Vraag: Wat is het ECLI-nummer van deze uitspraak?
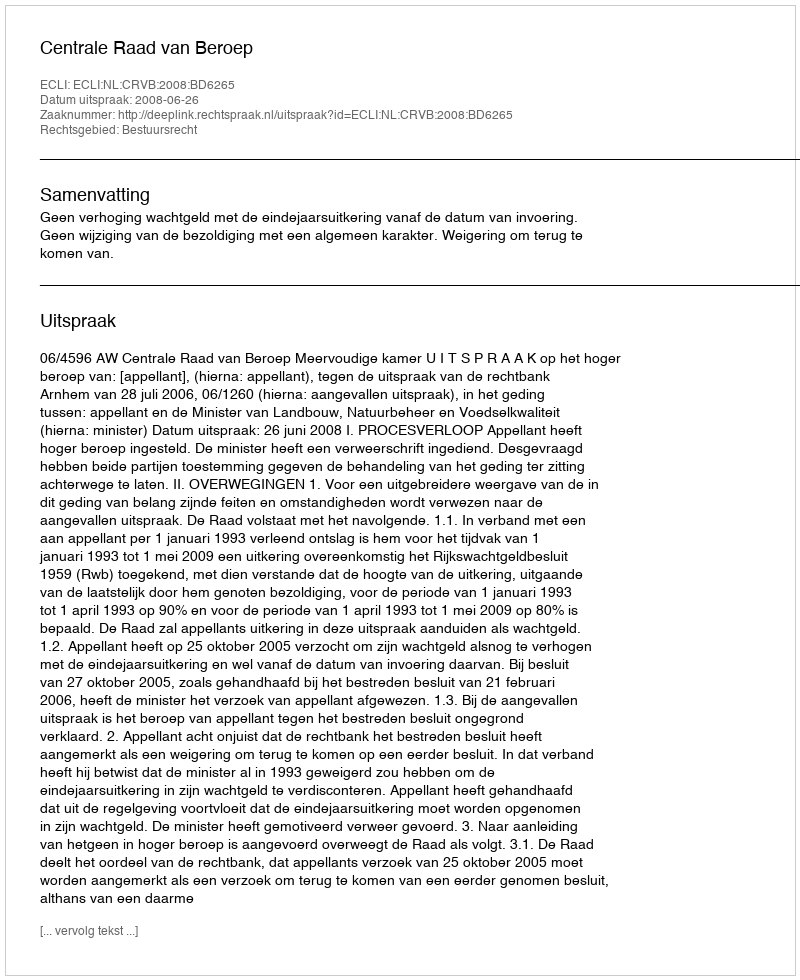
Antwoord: ECLI:NL:CRVB:2008:BD6265